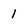
Character: 1